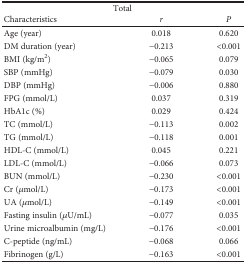
<table><thead><tr><td colspan="3"><b>Total</b></td></tr><tr><td><b>Characteristics</b></td><td><b><i>r</i></b></td><td><b><i>P</i></b></td></tr></thead><tbody><tr><td>Age (year)</td><td>0.018</td><td>0.620</td></tr><tr><td>DM duration (year)</td><td>−0.213</td><td>&lt;0.001</td></tr><tr><td>BMI (kg/m<sup>2</sup>)</td><td>−0.065</td><td>0.079</td></tr><tr><td>SBP (mmHg)</td><td>−0.079</td><td>0.030</td></tr><tr><td>DBP (mmHg)</td><td>−0.006</td><td>0.880</td></tr><tr><td>FPG (mmol/L)</td><td>0.037</td><td>0.319</td></tr><tr><td>HbA1c (%)</td><td>0.029</td><td>0.424</td></tr><tr><td>TC (mmol/L)</td><td>−0.113</td><td>0.002</td></tr><tr><td>TG (mmol/L)</td><td>−0.118</td><td>0.001</td></tr><tr><td>HDL-C (mmol/L)</td><td>0.045</td><td>0.221</td></tr><tr><td>LDL-C (mmol/L)</td><td>−0.066</td><td>0.073</td></tr><tr><td>BUN (mmol/L)</td><td>−0.230</td><td>&lt;0.001</td></tr><tr><td>Cr (<i>μ</i>mol/L)</td><td>−0.173</td><td>&lt;0.001</td></tr><tr><td>UA (<i>μ</i>mol/L)</td><td>−0.149</td><td>&lt;0.001</td></tr><tr><td>Fasting insulin (<i>μ</i>U/mL)</td><td>−0.077</td><td>0.035</td></tr><tr><td>Urine microalbumin (mg/L)</td><td>−0.176</td><td>&lt;0.001</td></tr><tr><td>C-peptide (ng/mL)</td><td>−0.068</td><td>0.066</td></tr><tr><td>Fibrinogen (g/L)</td><td>−0.163</td><td>&lt;0.001</td></tr></tbody></table>